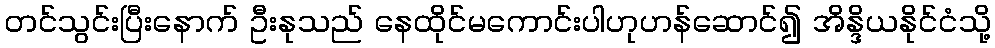
တင်သွင်းပြီးနောက် ဦးနုသည် နေထိုင်မကောင်းပါဟုဟန်ဆောင်၍ အိန္ဒိယနိုင်ငံသို့